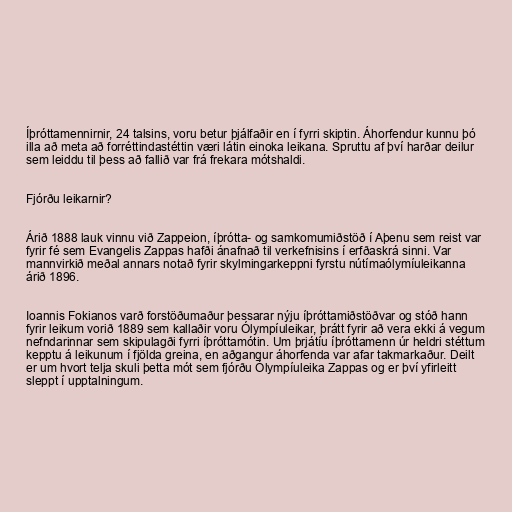
Íþróttamennirnir, 24 talsins, voru betur þjálfaðir en í fyrri skiptin. Áhorfendur kunnu þó
illa að meta að forréttindastéttin væri látin einoka leikana. Spruttu af því harðar deilur
sem leiddu til þess að fallið var frá frekara mótshaldi.

Fjórðu leikarnir?

Árið 1888 lauk vinnu við Zappeion, íþrótta- og samkomumiðstöð í Aþenu sem reist var
fyrir fé sem Evangelis Zappas hafði ánafnað til verkefnisins í erfðaskrá sinni. Var
mannvirkið meðal annars notað fyrir skylmingarkeppni fyrstu nútímaólymíuleikanna
árið 1896.

Ioannis Fokianos varð forstöðumaður þessarar nýju íþróttamiðstöðvar og stóð hann
fyrir leikum vorið 1889 sem kallaðir voru Ólympíuleikar, þrátt fyrir að vera ekki á vegum
nefndarinnar sem skipulagði fyrri íþróttamótin. Um þrjátíu íþróttamenn úr heldri stéttum
kepptu á leikunum í fjölda greina, en aðgangur áhorfenda var afar takmarkaður. Deilt
er um hvort telja skuli þetta mót sem fjórðu Ólympíuleika Zappas og er því yfirleitt
sleppt í upptalningum.